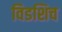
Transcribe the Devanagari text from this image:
विडशिच